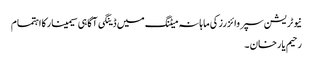
نیوٹریشن سپروائزرزکی ماہانہ میٹنگ میں ڈینگی آگاہی سیمینارکااہتمام
رحیم یارخان ۔